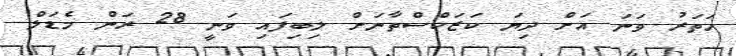
ހަތަރު ވަނަ އަށް ދިޔަ ކަޒަކްސްތާނަށް ލިބިފައި ވަނީ 28 ރަން މެޑަލް